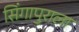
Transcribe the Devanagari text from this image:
सिंगापुराला